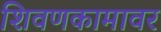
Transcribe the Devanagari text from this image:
शिवणकामावर